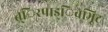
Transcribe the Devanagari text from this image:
त्िरपाड्िवभूिट